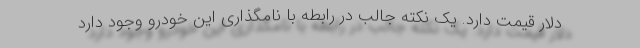
دلار قیمت دارد. یک نکته جالب در رابطه با نامگذاری این خودرو وجود دارد